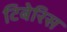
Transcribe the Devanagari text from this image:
टिबेरिस